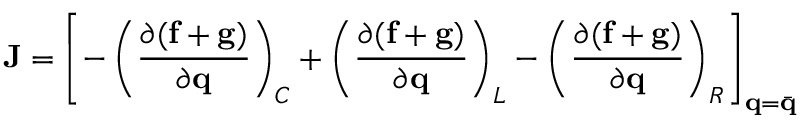
\mathbf { J } = \left[ - \left( \frac { \partial ( \mathbf { f } + \mathbf { g } ) } { \partial \mathbf { q } } \right) _ { C } + \left( \frac { \partial ( \mathbf { f } + \mathbf { g } ) } { \partial \mathbf { q } } \right) _ { L } - \left( \frac { \partial ( \mathbf { f } + \mathbf { g } ) } { \partial \mathbf { q } } \right) _ { R } \right] _ { \mathbf { q } = \Bar { \mathbf { q } } }